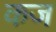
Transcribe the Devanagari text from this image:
कज